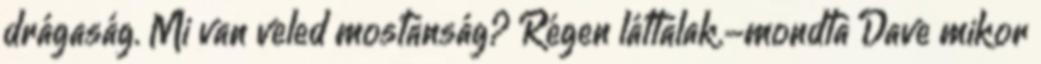
drágaság. Mi van veled mostanság? Régen láttalak.-mondta Dave mikor